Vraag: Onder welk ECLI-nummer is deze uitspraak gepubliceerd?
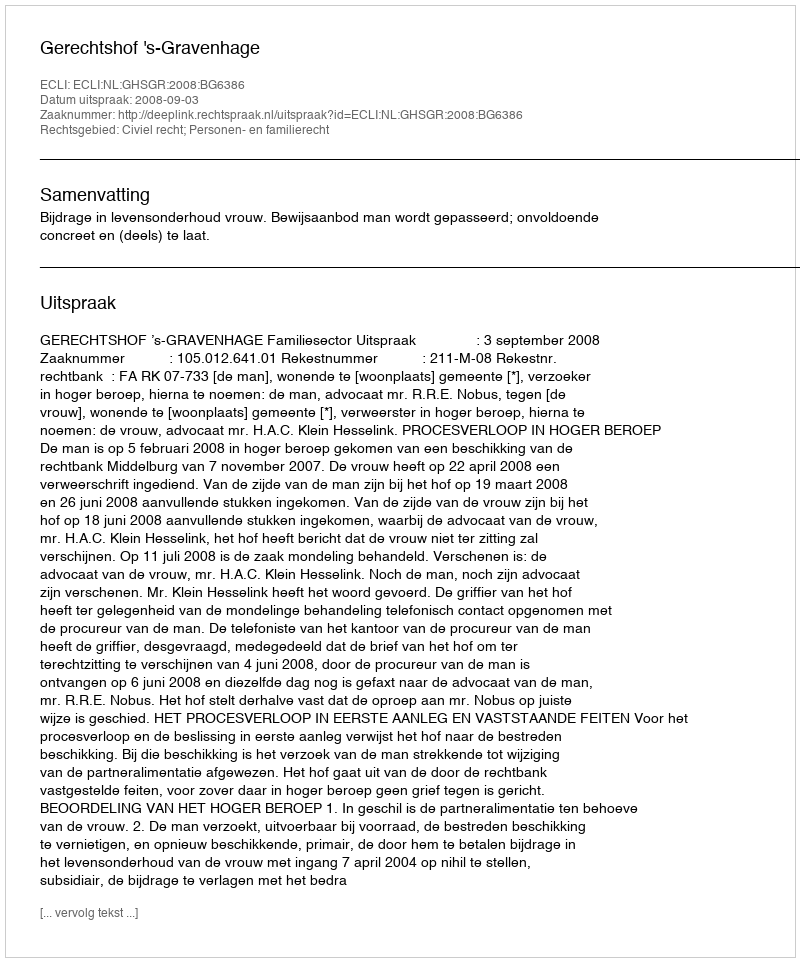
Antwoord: ECLI:NL:GHSGR:2008:BG6386